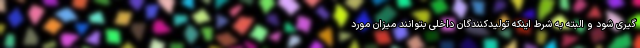
گیری شود و البته به شرط اینکه تولیدکنندگان داخلی بتوانند میزان مورد